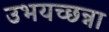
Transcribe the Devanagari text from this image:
उभयच्छन्ना